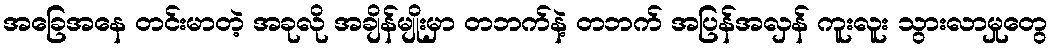
အခြေအနေ တင်းမာတဲ့ အခုလို အချိန်မျိုးမှာ တဘက်နဲ့ တဘက် အပြန်အလှန် ကူးလူး သွားလာမှုတွေ